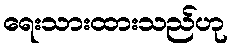
ရေးသားထားသည်ဟု